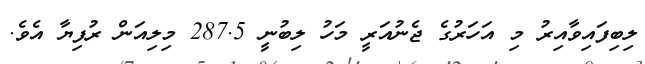
ލިބިފައިވާއިރު މި އަހަރުގެ ޖެނުއަރީ މަހު ލިބުނީ 287.5 މިލިއަން ރުފިޔާ އެވެ.